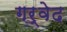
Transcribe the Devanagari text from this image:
गर्वेद